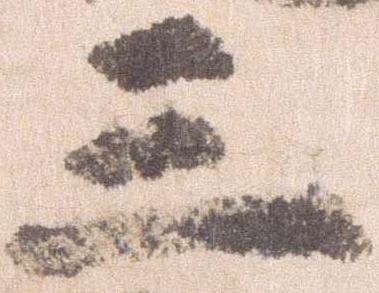
三